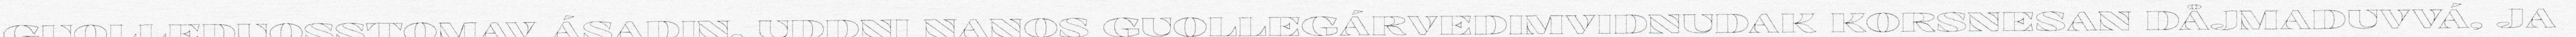
GUOLLEDUOSSTOMAV ÁSADIN. UDDNI NANOS GUOLLEGÁRVEDIMVIDNUDAK KORSNESAN DÅJMADUVVÁ, JA